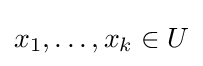
x_{1},\dots ,x_{k}\in U